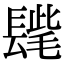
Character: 𨲝